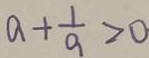
a + \frac { 1 } { a } > 0